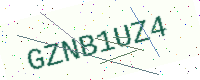
Text: GZNB1UZ4